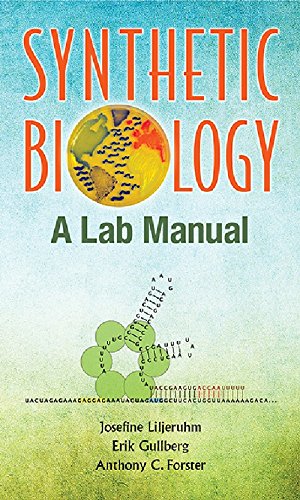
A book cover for Synthetic Biology : A Lab Manual; Josefine Liljeruhm; Medical Books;